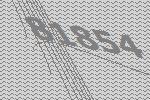
81854